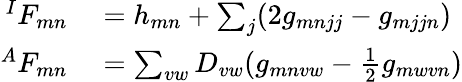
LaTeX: \begin{array}{rl}{^{I}F_{mn}}&{{}=h_{mn}+\sum_{j}(2g_{mnjj}-g_{mjjn})}\\ {^{A}F_{mn}}&{{}=\sum_{vw}D_{vw}(g_{mnvw}-\frac{1}{2}g_{mwvn})}\end{array}